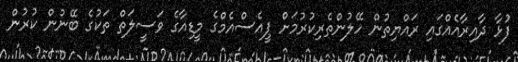
ފުޅާ ދާއިރާއެއްގައި ރައްޔިތުން ހޭލުންތެރިކުރުމަށް ޕީއެސްއެމްގެ މީޑިއާގެ ވަސީލަތް ތަކުގެ ބޭނުން ކުރުން